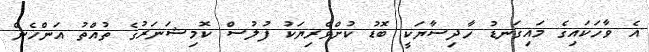
އެ ވާހަކައިގެ މައިގަނޑު ހާދިސާޔަކީ ބޮޑު ކުށްވެރިޔަކު ފުލުސް ކޮމިޝަނަރުގެ ތުއްތު އަންހެން